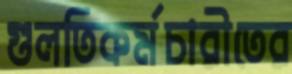
গুলতিকর্মচারীতের